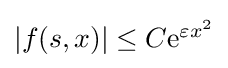
\textstyle |f(s,x)|\leq C\mathrm {e} ^{\varepsilon x^{2}}